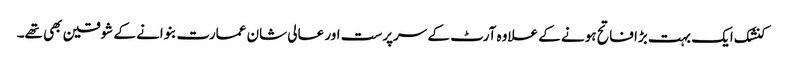
کنشک ایک بہت بڑا فاتح ہونے کے علاوہ آرٹ کے سرپرست اور عالی شان عمارت بنوانے کے شوقین بھی تھے۔